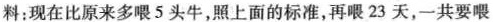
料：现在比原来多喂5头牛，照上面的标准，再喂23天，一共要喂